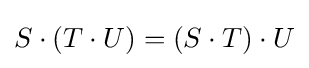
S\cdot (T\cdot U)=(S\cdot T)\cdot U